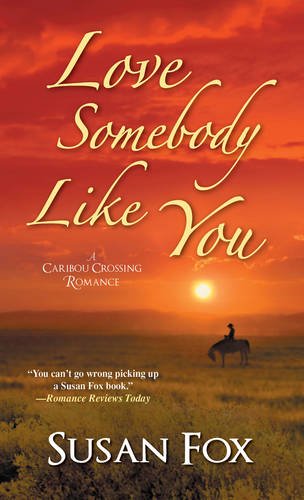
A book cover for Love Somebody Like You (A Caribou Crossing Romance); Susan Fox; Romance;